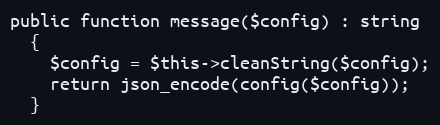
Language: PHP
public function message($config) : string
  {
    $config = $this->cleanString($config);
    return json_encode(config($config));
  }